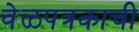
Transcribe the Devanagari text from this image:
वेळपत्रकाची